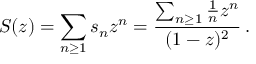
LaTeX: S ( z ) = \sum _ { n \geq 1 } { s _ { n } z ^ { n } } = { \frac { \sum _ { n \geq 1 } { { \frac { 1 } { n } } z ^ { n } } } { ( 1 - z ) ^ { 2 } } } \, .